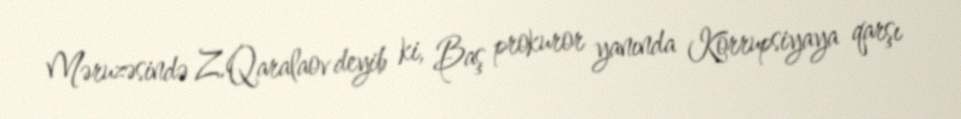
Məruzəsində Z.Qaralaov deyib ki, Baş prokuror yanında Korrupsiyaya qarşı